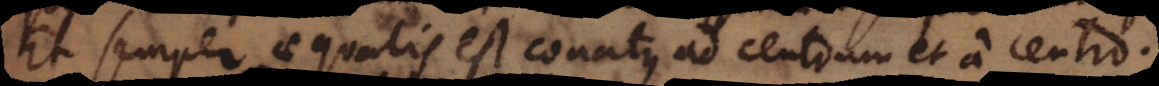
Et semper aequalis est conatus ad centrum et a centro.